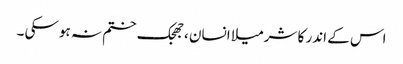
اس کے اندر کا شرمیلا انسان ،جھجک ختم نہ ہوسکی ۔